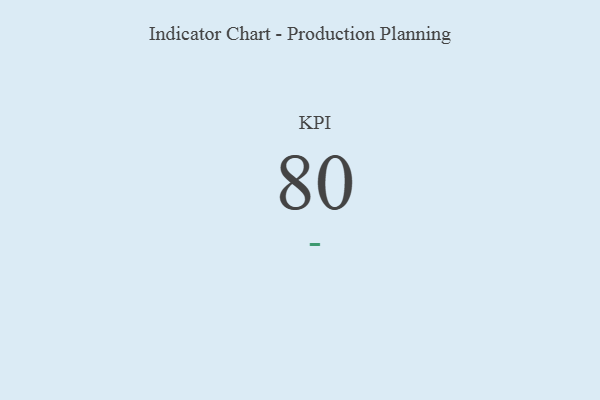
{"axis": {"x": "KPI", "y": "Value"}, "legend": [""], "data": [{"x": "KPI", "y": 80, "type": ""}]}